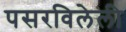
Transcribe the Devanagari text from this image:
पसरविलेली